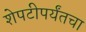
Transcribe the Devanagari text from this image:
शेपटीपर्यंतचा